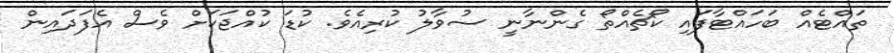
ތައްޓެއް ބަހައްޓާފައި ކޯޗެއްތޯ ގެންނާނީ ސުވާލު ކުރިއެވެ. ކުޑަ ކުއްޖަކަށް ވެސް އެފަދައިން